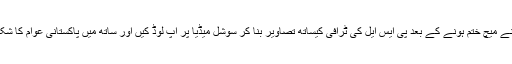
جے پی ڈومنی نے میچ ختم ہونے کے بعد پی ایس ایل کی ٹرافی کیساتھ تصاویر بنا کر سوشل میڈیا پر اپ لوڈ کیں اور ساتھ میں پاکستانی عوام کا شکریہ بھی ادا کیا ۔